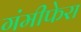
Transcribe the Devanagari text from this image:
गंमीफेरा